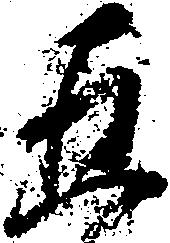
五